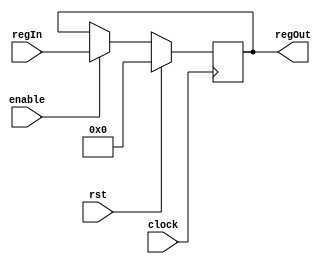
module register  #(parameter integer size = 32)(clock, rst, enable, regIn, regOut);
    input clock, rst, enable;
    input [size - 1:0] regIn;
    output reg [size - 1: 0] regOut;
    
    always @(posedge clock) begin
    	if (rst) regOut <= 0;
    	else if (enable) regOut <= regIn;        
    end
endmodule